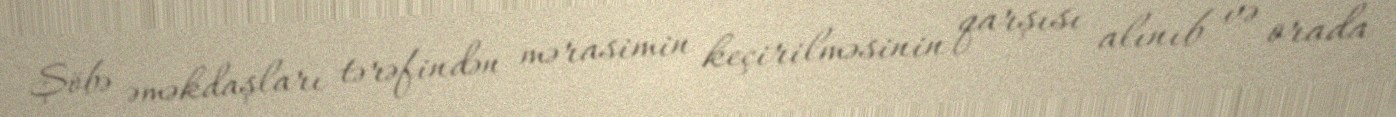
Şöbə əməkdaşları tərəfindən mərasimin keçirilməsinin qarşısı alınıb və orada